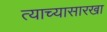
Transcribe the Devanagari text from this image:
त्याच्यासारखा